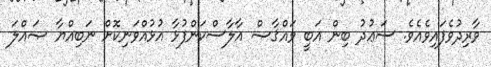
ވާރިދުވެފައިވެެއެވެ. ސަޢުދު ބިން އަބީ ވައްޤާޞް އާލާސްކަންފުޅާ އުޅުއްވަނިކޮށް ނަބިއްޔާ ޞައްލަ